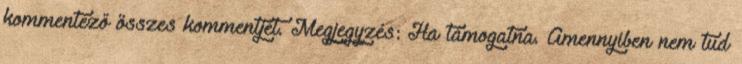
kommentező összes kommentjét. Megjegyzés: Ha támogatna. Amennyiben nem tud